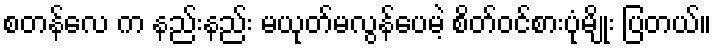
စတန်လေ က နည်းနည်း မယုတ်မလွန်ပေမဲ့ စိတ်ဝင်စားပုံမျိုး ပြတယ်။